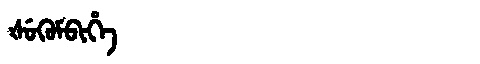
Manchu: ᡧᡠᡴᡠᠮᠪᡳᡥᡝ
Romanization: ŠUKUMBIHE